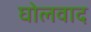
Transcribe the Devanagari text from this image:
घोलवाद